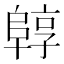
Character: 𱀟